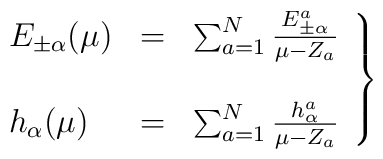
\left.\begin{array}{lcl}E_{\pm \alpha} (\mu)& = &\sum^{N}_{a=1} \frac{E^a_{\pm \alpha}}{\mu - Z_a} \\ \\h_{\alpha} (\mu)& = &\sum^{N}_{a=1} \frac{h^a_{\alpha}}{\mu - Z_a}\end{array}\right\}